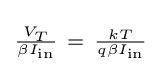
\scriptstyle {\frac {V_{T}}{\beta I_{\text{in}}}}~=~{\frac {kT}{q\beta I_{\text{in}}}}